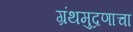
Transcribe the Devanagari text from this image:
ग्रंथमुद्रणाचा